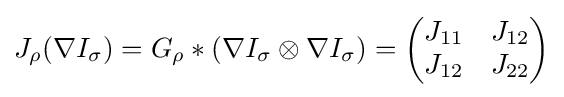
J_{\rho }(\nabla I_{\sigma })=G_{\rho }*(\nabla I_{\sigma }\otimes \nabla I_{\sigma })={\begin{pmatrix}J_{11}&J_{12}\\J_{12}&J_{22}\end{pmatrix}}